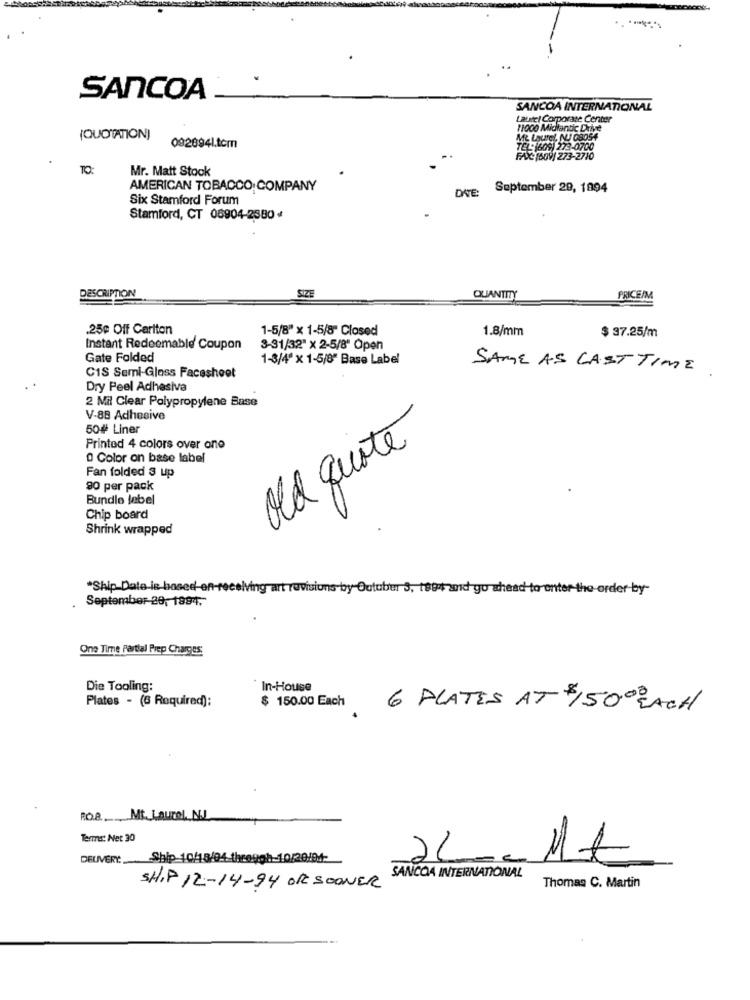
. *--*
SANCOA
SANCOA INTERNATIONAL
Laurel Corporate Center
11000 Midiantic Drive
(QUOTATION]
Mt Laure! NU OBOS4
0928841.tom
TEL: (609) 273-0700
FAX /609/ 273-2710
TO:
Mr. Matt Stock
AMERICAN TOBACCO COMPANY
September 29, 1894
Six Stamford Forum
Stamford, CT 06904-2380 4
DESCRIPTION
SIZE
QUANTITY
PRICE/M
.25₽ Off Carlton
1-5/8" x 1-5/8" Closed
1.8/mm
$ 37.25/m
Instant Redeemable Coupon
3-31/32" x 2-5/8" Open
Gate Folded
1-3/4" x 1-5/8" Base Label
SAME AS LAST TIME.
CIS Semi-Glass Facesheet
Dry Peel Adhesiva
2 Mil Clear Polypropylene Base
V-88 Adhesive
50# Liner
Printod 4 colors over one
old quote
0 Color on base label
Fan folded 3 up
90 per pack
Bundle label
Chip board
Shrink wrapped
"Ship Data-is-based on-
Wing art rovisions by October 3, test and go ahead to enter-the-order by-
September-29, 1894,
One Time Partial Prep Charges:
Die Tooling:
In-House
Plates - (6 Required):
$ 150.00 Each
6 PLATES AT $150% ACH
FOR Mt. Laurel, NJ
Terms: Net 30
DELIVERYShip 10/18/04 thregoh-10/20/91-
2L
SANCOA INTERNATIONAL
SHIP 12-14-94 OR SOONER
Thomas C. Martin